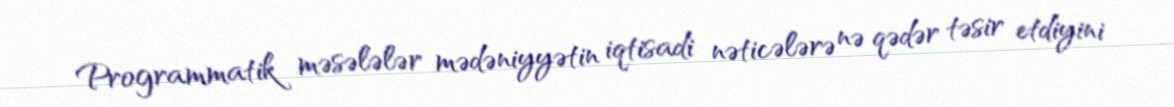
Programmatik məsələlər mədəniyyətin iqtisadi nəticələrə nə qədər təsir etdiyini